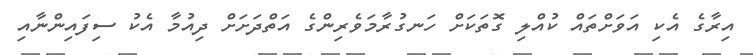
އިރާގެ އެކި އަވަށްތައް ކުއްލި ގޮތަކަށް ހަނގުރާމަވެރިންގެ އަތްދަށަށް ދިއުމާ އެކު ސިފައިންނާއި